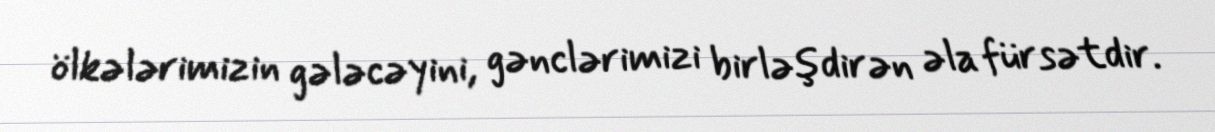
ölkələrimizin gələcəyini, gənclərimizi birləşdirən əla fürsətdir.